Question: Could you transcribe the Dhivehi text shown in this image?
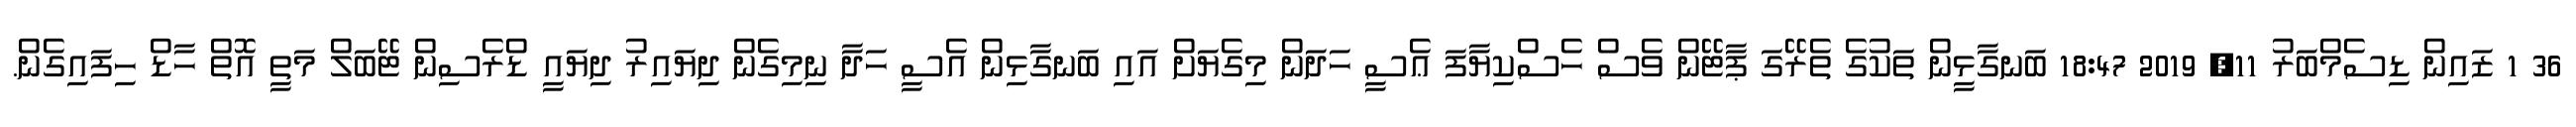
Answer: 36 1 ޒައިން ޑިސެމްބަރު 11, 2019 18:47 ބަނގާޅީން ތަކުގެ ތެރޭގަ ޕާޓޭން ވެސް ހެސްކިޔާފަ ޢެސީ ހަދަން މިގެޔަށް އައި ބަނގާޅިން އެސީ ހަދާ ނިމިގެން ދިޔައިރު ދިޔައީ ޑްރެސިން ޓޭބަލް މަތީ އޮތް ހާޑް ހިފައިގެން.